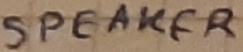
Text: SPEAKER